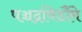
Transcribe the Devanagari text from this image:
पञ्चद्रविडौंमे